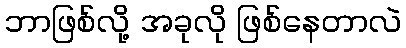
ဘာဖြစ်လို့ အခုလို ဖြစ်နေတာလဲ